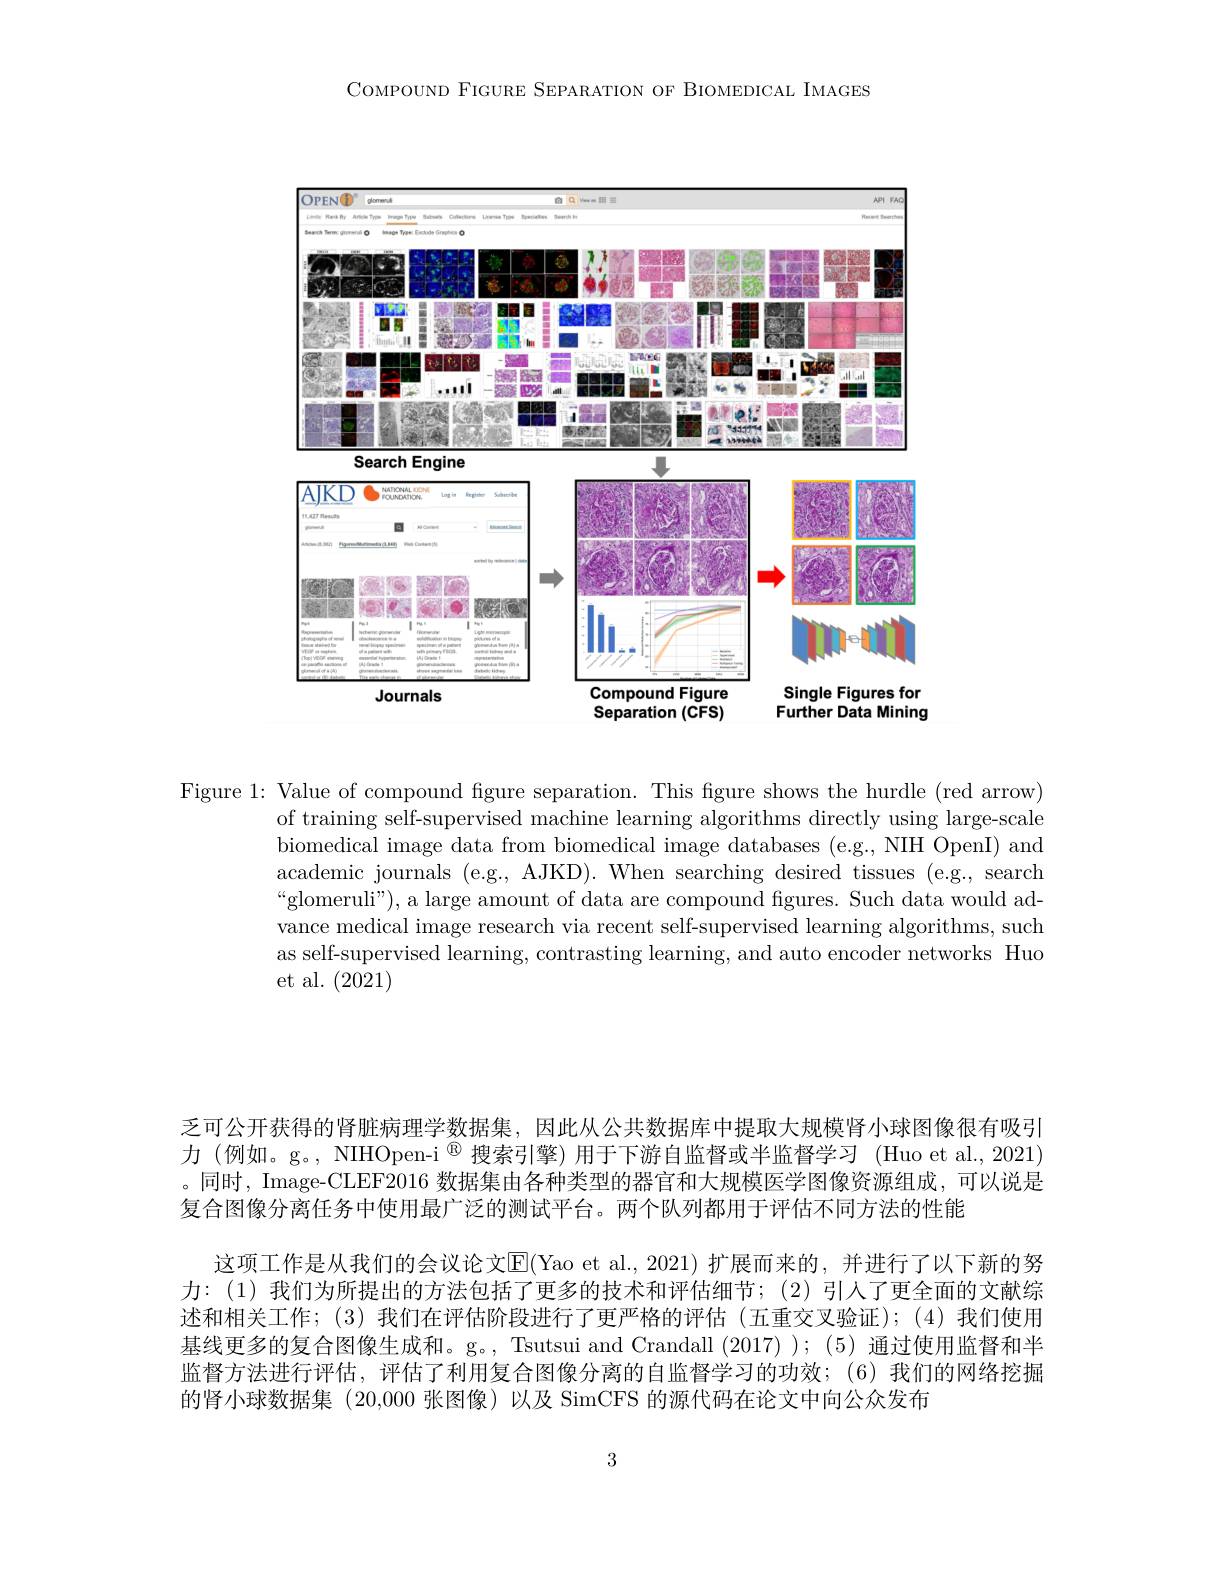
COMPOUND FIGURE SEPARATION OF BIOMEDICAL IMAGES

<FigureHere>

Figure 1: Value of compound figure separation. This figure shows the hurdle (red arrow)
of training self-supervised machine learning algorithms directly using large-scale biomedical image data from biomedical image databases (e.g., NIH OpenI) and academic journals (e.g., AJKD). When searching desired tissues (e.g., search “glomeruli”), a large amount of data are compound figures. Such data would advance medical image research via recent self-supervised learning algorithms, such as self-supervised learning, contrasting learning, and auto encoder networks Huo et al.(2021)

乏可公开获得的肾脏病理学数据集，因此从公共数据库中提取大规模肾小球图像很有吸引力(例如。g。, NIHOpen-i$^{\textcircled{\mathrm{n}}}$搜索引擎)用于下游自监督或半监督学习 (Huo et al., 2021) 。同时，Image-CLEF2016 数据集由各种类型的器官和大规模医学图像资源组成，可以说是复合图像分离任务中使用最广泛的测试平台。两个队列都用于评估不同方法的性能
这项工作是从我们的会议论文$\overline{\mathbb{E}}($Yao et al.,2021)扩展而来的，并进行了以下新的努力：(1)我们为所提出的方法包括了更多的技术和评估细节；(2)引入了更全面的文献综述和相关工作；(3)我们在评估阶段进行了更严格的评估(五重交叉验证);(4)我们使用基线更多的复合图像生成和。g。, Tsutsui and Crandall (2017)); (5)通过使用监督和半监督方法进行评估，评估了利用复合图像分离的自监督学习的功效；(6)我们的网络挖掘的肾小球数据集 (20,000 张图像)以及 SimCFS 的源代码在论文中向公众发布

3